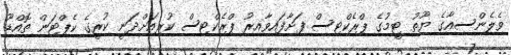
ވެލެންސިއާގެ ޔޫތު ޓީމުގެ ޕްރެކްޓިސް ފަށާފައިވާއިރު ޕްރެކްޓިސް ކުރިއަށްދަނީ ކުރީގެ ކެޕްޓަން ތޮއްޑޫ